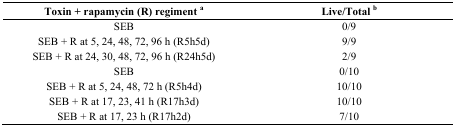
<table><thead><tr><td><b>Toxin + rapamycin (R) regiment <sup>a</sup></b></td><td><b>Live/Total <sup>b</sup></b></td></tr></thead><tbody><tr><td>SEB</td><td>0/9</td></tr><tr><td>SEB + R at 5, 24, 48, 72, 96 h (R5h5d)</td><td>9/9</td></tr><tr><td>SEB + R at 24, 30, 48, 72, 96 h (R24h5d)</td><td>2/9</td></tr><tr><td>SEB</td><td>0/10</td></tr><tr><td>SEB + R at 5, 24, 48, 72 h (R5h4d)</td><td>10/10</td></tr><tr><td>SEB + R at 17, 23, 41 h (R17h3d)</td><td>10/10</td></tr><tr><td>SEB + R at 17, 23 h (R17h2d)</td><td>7/10</td></tr></tbody></table>